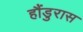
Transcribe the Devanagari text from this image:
हौंडुरास